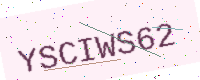
Text: YSCIWS62